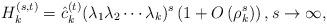
LaTeX: \begin{align*}H_k^{(s,t)}=\hat{c}_{k}^{(t)} (\lambda_1\lambda_2\cdots\lambda_k)^s\left(1+O\left(\rho_k^s\right)\right),s\rightarrow\infty,\end{align*}